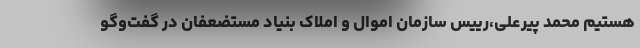
هستیم محمد پیرعلی،رییس سازمان اموال و املاک بنیاد مستضعفان در گفت‌وگو